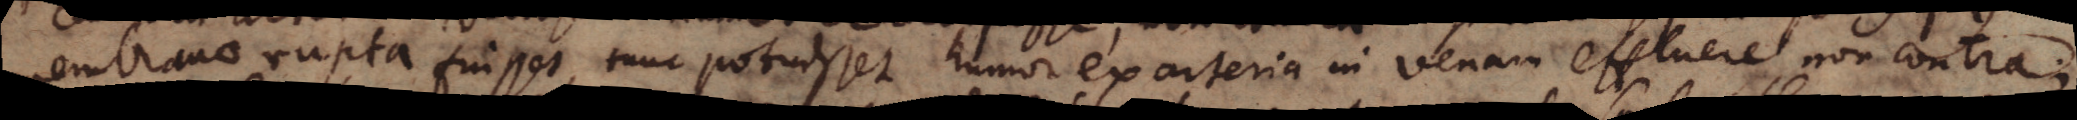
membranae rupta fuisset, tunc potuisset humor ex arteria in venam effluere, non contra;